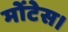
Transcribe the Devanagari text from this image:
मोंटेस।